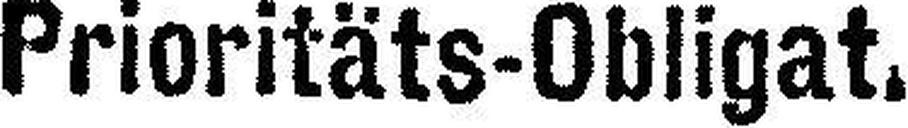
Prioritäts-Obligat.